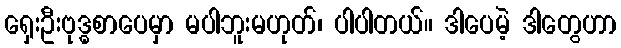
ရှေးဦးဗုဒ္ဓစာပေမှာ မပါဘူးမဟုတ်၊ ပါပါတယ်။ ဒါပေမဲ့ ဒါတွေဟာ